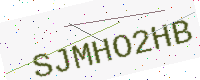
Text: SJMHO2HB